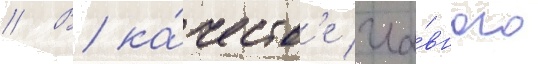
// В ка́честв'е гла́вного